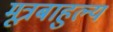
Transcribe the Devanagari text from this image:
मूत्रबाहुल्य